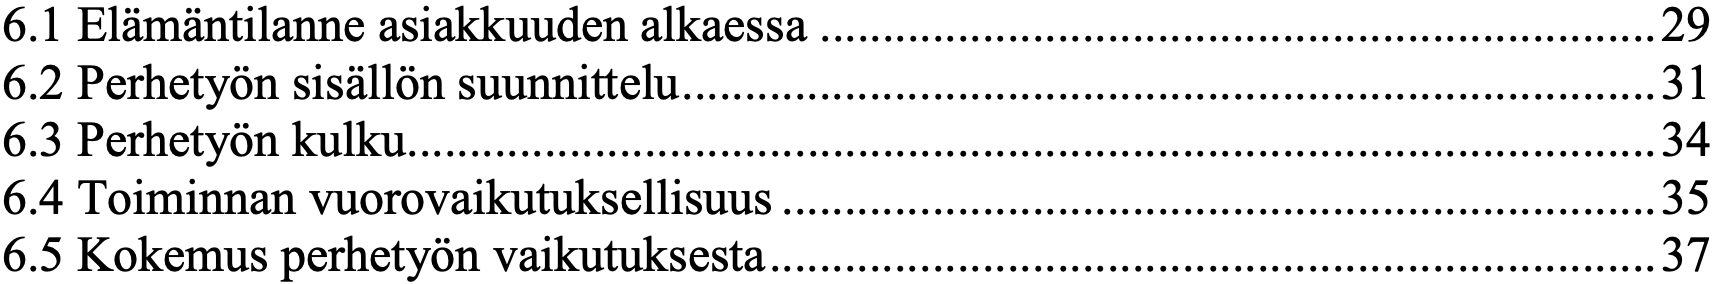
6.1 Elämäntilanne asiakkuuden alkaessa ................................................................... 29 6.2 Perhetyön sisällön suunnittelu .............................................................................. 31 6.3 Perhetyön kulku .................................................................................................... 34 6.4 Toiminnan vuorovaikutuksellisuus ...................................................................... 35 6.5 Kokemus perhetyön vaikutuksesta ....................................................................... 37